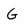
Character: G